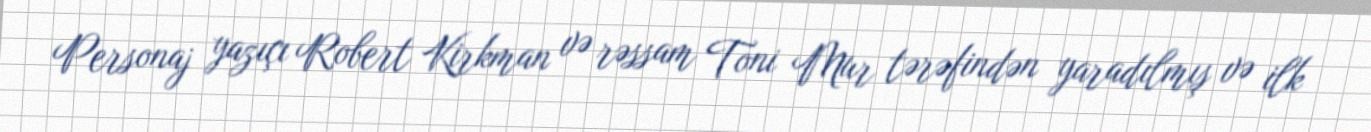
Personaj yazıçı Robert Kirkman və rəssam Toni Mur tərəfindən yaradılmış və ilk